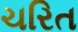
ચરિત